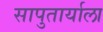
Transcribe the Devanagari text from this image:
सापुतार्याला